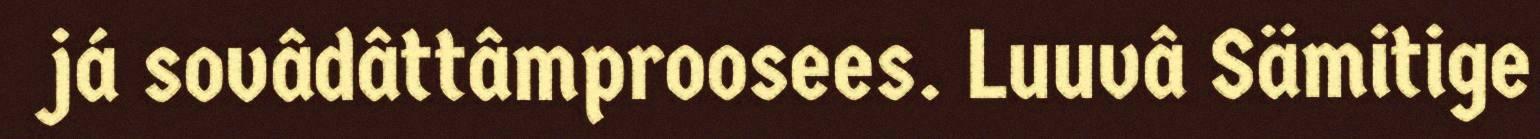
já sovâdâttâmproosees. Luuvâ Sämitige